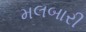
મલબારી